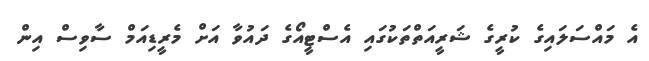
އެ މައްސަލައިގެ ކުރީގެ ޝަރީއަތްތަކުގައި އެސްޓީއޯގެ ދައުވާ އަށް މެރީޑިއަމް ސާވިސް އިން